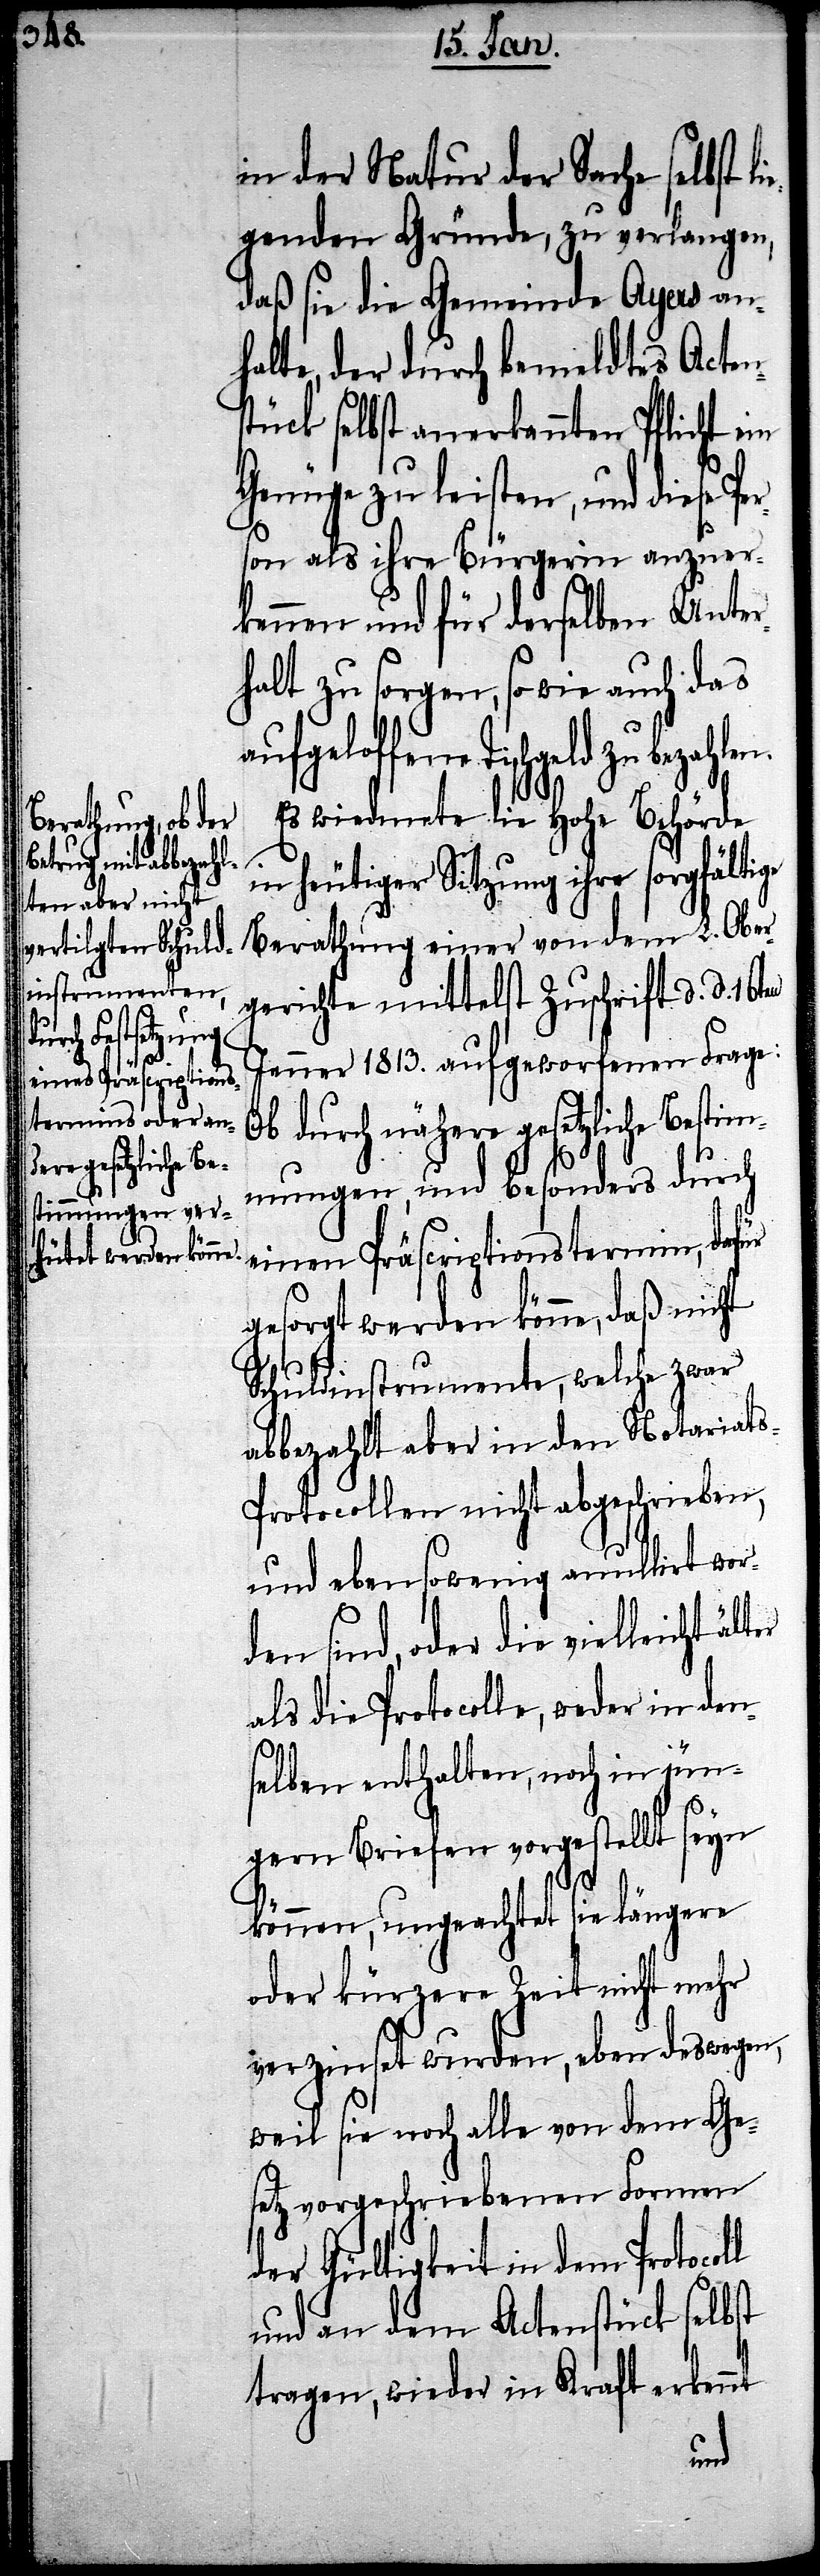
l

in der Natur der Sache selbst l¬
iegenden Gründe, zu verlangen,
daß sie die Gemeinde Ayers an¬
halte, der durch bemeldtes Actens¬
tück selbst anerkannten Pflicht
Genüge zu leisten, und diese
son als ihre Bürgerin anzuer¬
kennen und für derselben Unter¬
halt zu sorgen, so wie auch das
schgeld zu bezahlen.
Es wiedmete die Hohe Behörde
in heutiger Sitzung ihre sorgfältige
Berathung einer von dem L. Ober¬
gerichte mittelst Zuschrift d. d. 16t¬
Jenner 1813. aufgeworfenen Frage:
Ob durch nähere gesetzliche Bestim¬
mungen, und besonders durch
einen Präscriptionstermin, dafür
gesorgt werden könne, daß nicht
Schuldinstrumente, welche zwar
abbezahlt aber in den Notariat¬
s-Protocollen nicht abgeschrieben,
und ebensowenig anullirt wor¬
den sind, oder die vielleicht
als die Protocolle, weder in den¬
selben enthalten, noch in jün¬
gern Briefen vorgestellt seyn
können, ungeachtet sie längere
oder kürzere Zeit nicht mehr
verzinset wurden, eben deswegen,
weil sie noch alle von dem Ge¬
setz vorgeschriebenen Formen
der Gültigkeit in dem Protocol¬
und an dem Actenstück selbst
tragen, wieder in Kraft erkennt
en